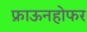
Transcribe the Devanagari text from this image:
फ्राऊनहोफर